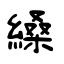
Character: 縔